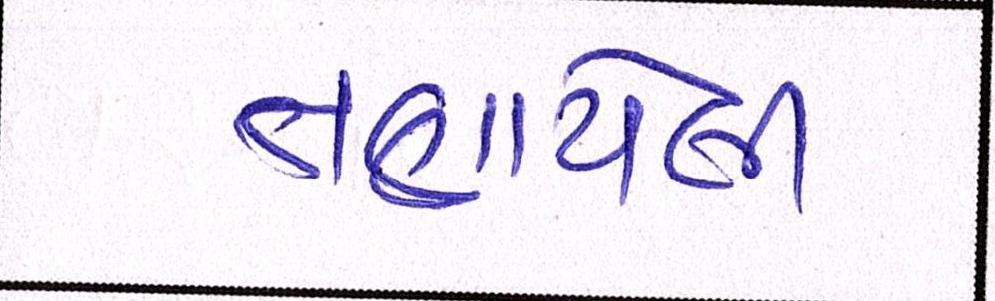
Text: તણાયેલી